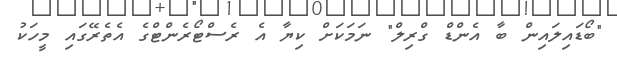
"ބޯޑައިލައިން ބާ އެންޑް ގްރިލް" ނަމަކަށް ކިޔާ އެ ރެސްޓޯރެންޓްގެ އެތެރޭގައި މީހަކު